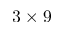
3 \times 9